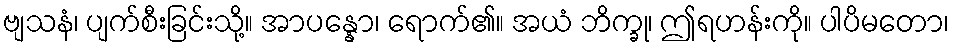
ဗျသနံ၊ ပျက်စီးခြင်းသို့။ အာပန္နော၊ ရောက်၏။ အယံ ဘိက္ခု၊ ဤရဟန်းကို။ ပါပိမတော၊